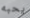
يحبه